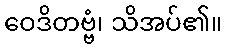
ဝေဒိတဗ္ဗံ၊ သိအပ်၏။